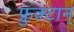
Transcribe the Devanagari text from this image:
फ्रुक्टान्